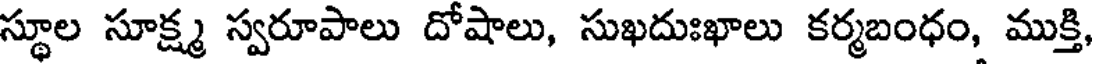
స్థూల సూక్ష్మ స్వరూపాలు దోషాలు, సుఖదుఃఖాలు కర్మబంధం, ముక్తి,